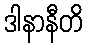
ဒါနာနီတိ